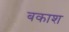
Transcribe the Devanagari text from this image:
बकाश